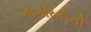
નાગરિકોની